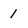
Character: 1